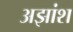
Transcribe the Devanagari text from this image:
अझांश